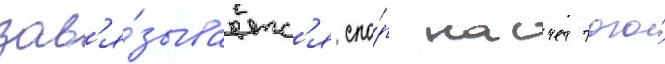
зав'я́зываетс'я спо́р насчет того́